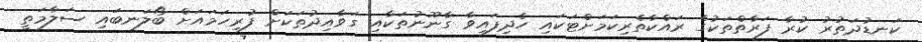
ކަނޑުދަތުރު ކުރާ ފަރާތްތަކުގެ ރައްކާތެރިކަމަށްޓަކައި ހެދިފައިވާ ގާނޫނުތަކާއި ގަވާއިދުތަކަށް ފުރިހަމައަށް ބޯލަނބައި ސަލާމަތީ